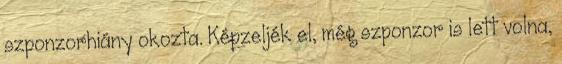
szponzorhi­ány okozta. Képzeljék el, még szponzor is lett volna,